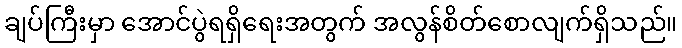
ချပ်ကြီးမှာ အောင်ပွဲရရှိရေးအတွက် အလွန်စိတ်စောလျက်ရှိသည်။